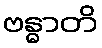
ဗန္ဓာတိ